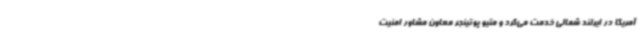
آمریکا در ایرلند شمالی خدمت می‌کرد و متیو پوتینجر معاون مشاور امنیت